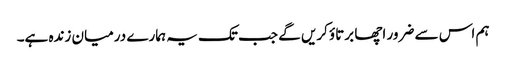
ہم اس سے ضرور اچھا برتاؤ کریں گے جب تک یہ ہمارے درمیان زندہ ہے۔